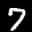
Label: 7